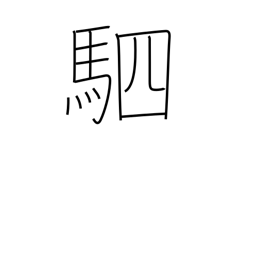
Meaning: four horses